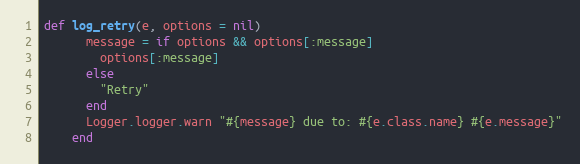
Language: Ruby
def log_retry(e, options = nil)
      message = if options && options[:message]
        options[:message]
      else
        "Retry"
      end
      Logger.logger.warn "#{message} due to: #{e.class.name} #{e.message}"
    end